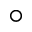
\circ